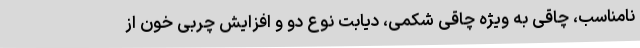
نامناسب، چاقی به ویژه چاقی شکمی، دیابت نوع دو و افزایش چربی خون از